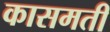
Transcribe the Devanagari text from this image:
कासमती